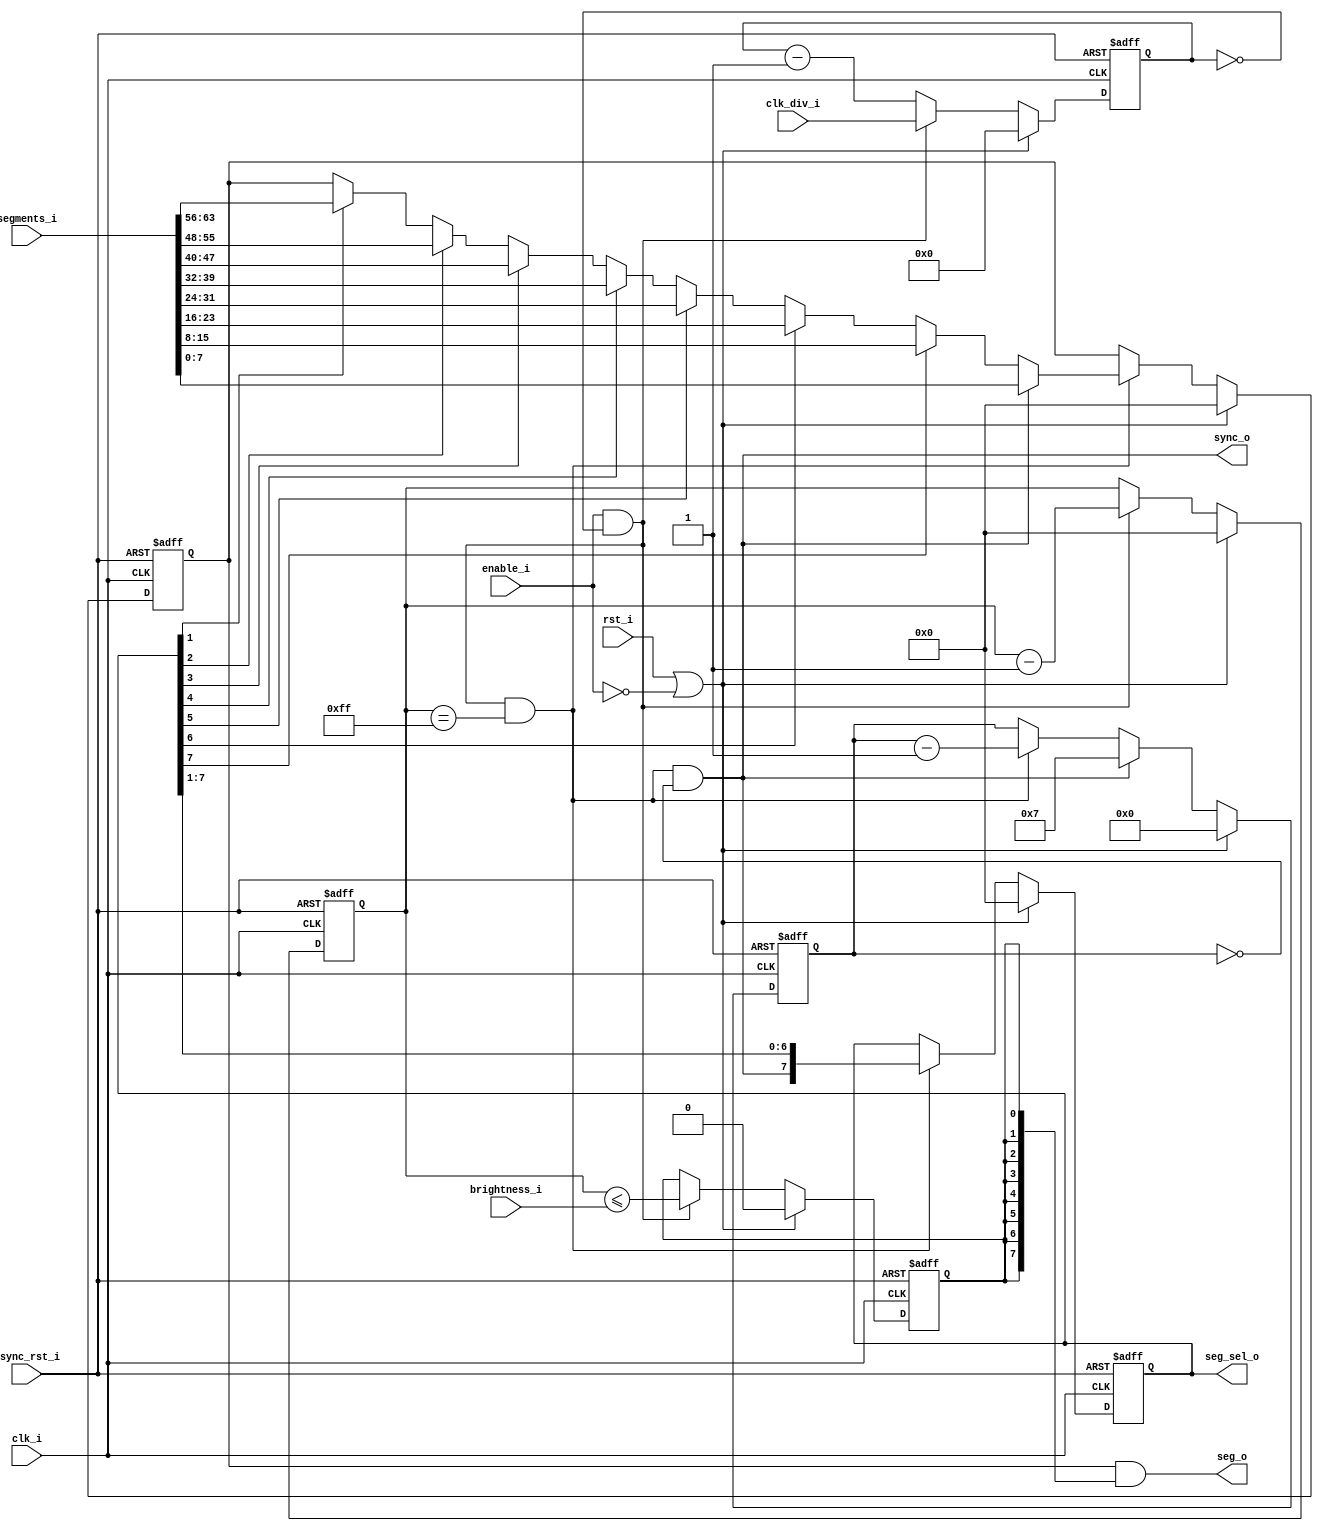
module sseg_ctrl
  #(
    parameter n_digits    = 8,
    parameter n_segs      = 8
    )
   (
    input                        clk_i,
    input                        rst_i,
    input                        async_rst_i,

    // config registers
    input                        enable_i,
    input  [15:0]                clk_div_i,
    input  [7:0]                 brightness_i,
    input  [n_digits*n_segs-1:0] segments_i,

    // display i/f
    output [n_segs-1:0]          seg_o,
    output [n_digits-1:0]        seg_sel_o,

    // sync irq (end of the sweep)
    output                       sync_o
    );

   // time-base strobe generator
   reg [15:0] cnt_strobe_reg;
   wire strobe = (enable_i & cnt_strobe_reg == 16'b0);

   always @(posedge clk_i or posedge async_rst_i)
     if (async_rst_i)
       cnt_strobe_reg <= 16'b0;
     else if (rst_i | ~enable_i)
       cnt_strobe_reg <= 16'b0;
     else if (strobe)
       cnt_strobe_reg <= clk_div_i;
     else
       cnt_strobe_reg <= cnt_strobe_reg - 16'd1;

   // digit strobe generator
   reg [7:0] cnt_strobe_dig_reg;
   always @(posedge clk_i or posedge async_rst_i)
     if (async_rst_i)
       cnt_strobe_dig_reg <= 8'b0;
     else if (rst_i | ~enable_i)
       cnt_strobe_dig_reg <= 8'b0;
     else if (strobe)
       cnt_strobe_dig_reg <= cnt_strobe_dig_reg - 8'd1;

   wire strobe_dig = (strobe & cnt_strobe_dig_reg == 8'hff);

   // pwm reg
   reg pwm_reg;
   always @(posedge clk_i or posedge async_rst_i)
     if (async_rst_i)
       pwm_reg <= 1'b0;
     else if (rst_i | ~enable_i)
       pwm_reg <= 1'b0;
     else if (strobe)
       pwm_reg <= (cnt_strobe_dig_reg <= brightness_i);

   // frame strobe generator
   reg [4:0] cnt_strobe_frame_reg;
   always @(posedge clk_i or posedge async_rst_i)
     if (async_rst_i)
       cnt_strobe_frame_reg <= 5'b0;
     else if (rst_i | ~enable_i)
       cnt_strobe_frame_reg <= 5'b0;
     else if (strobe_dig &cnt_strobe_frame_reg == 5'b0)
       cnt_strobe_frame_reg <= n_digits - 1;
     else if (strobe_dig)
       cnt_strobe_frame_reg <= cnt_strobe_frame_reg - 5'd1;

   wire strobe_frame = (strobe_dig & cnt_strobe_frame_reg == 5'b0);

   // multiplex digits
   wire [n_digits-1:0] seg_sel_reg_new;
   assign seg_sel_reg_new = {strobe_frame, seg_sel_reg[n_digits-1:1]};

   reg [n_digits-1:0] seg_sel_reg;
   always @(posedge clk_i or posedge async_rst_i)
     if (async_rst_i)
       seg_sel_reg <= 0;
     else if (rst_i | ~enable_i)
       seg_sel_reg <= 0;
     else if (strobe_dig)
       seg_sel_reg <= seg_sel_reg_new;

   // output seg_sel
   assign seg_sel_o = seg_sel_reg; // & {n_digits{pwm_reg}};

   // segment value
   integer i;
   reg [n_segs-1:0] seg_reg;
   always @(posedge clk_i or posedge async_rst_i)
     if (async_rst_i)
       seg_reg <= 0;
     else if (rst_i | ~enable_i)
       seg_reg <= 0;
     else if (strobe_dig)
       for (i = 0; i < n_digits; i = i + 1)
         if (seg_sel_reg_new[i])
           seg_reg <= segments_i[n_segs*(n_digits-i)-1 -: n_segs];
           //seg_o <= segments_i[n_segs*(i+1)-1 -: n_segs];

   // output seg
   assign seg_o = seg_reg & {n_segs{pwm_reg}};

   assign sync_o = strobe_frame;

endmodule